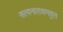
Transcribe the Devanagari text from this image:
सत्यनारायणव्रत